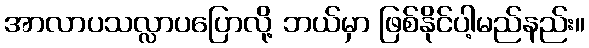
အာလာပသလ္လာပပြောလို့ ဘယ်မှာ ဖြစ်နိုင်ပါ့မည်နည်း။